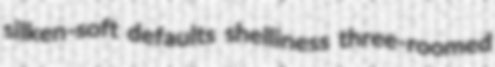
silken-soft defaults shelliness three-roomed